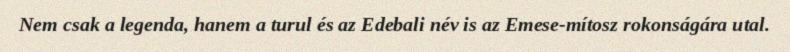
Nem csak a legenda, hanem a turul és az Edebali név is az Emese-mítosz rokonságára utal.